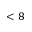
< 8